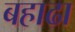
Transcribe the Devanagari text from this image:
बहाढा